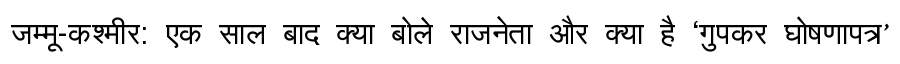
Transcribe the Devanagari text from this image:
जम्मू-कश्मीर: एक साल बाद क्या बोले राजनेता और क्या है ‘गुपकर घोषणापत्र’